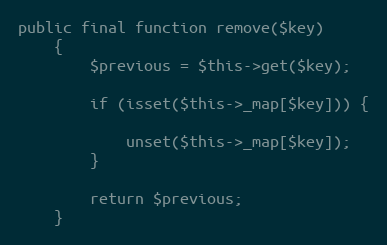
Language: PHP
public final function remove($key)
    {
        $previous = $this->get($key);

        if (isset($this->_map[$key])) {

            unset($this->_map[$key]);
        }

        return $previous;
    }